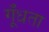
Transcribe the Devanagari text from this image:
गूँधता